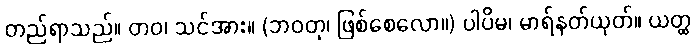
တည်ရာသည်။ တဝ၊ သင်အား။ (ဘဝတု၊ ဖြစ်စေလော။) ပါပိမ၊ မာရ်နတ်ယုတ်။ ယတ္ထ